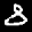
Label: 8